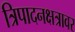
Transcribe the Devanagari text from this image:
त्रिपादनक्षत्रावर